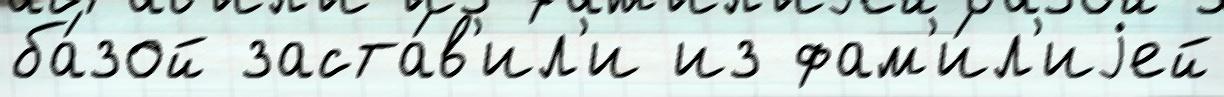
ба́зой заста́в'ил'и из фам'и́л'иjей